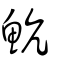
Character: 魧